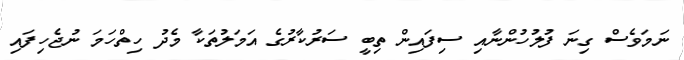
ނަމަވެސް ގިނަ ފުލުހުންނާއި ސިފައިން ތިބީ ސަރުކާރުގެ އަމަލުތަކާ މެދު ހިތްހަމަ ނުޖެހިފައި